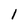
Character: I